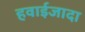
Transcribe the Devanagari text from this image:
हवाईजादा